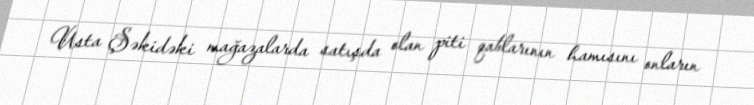
Usta Şəkidəki mağazalarda satışda olan piti qablarının hamısını onların